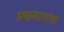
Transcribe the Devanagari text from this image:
अफगाणांचा